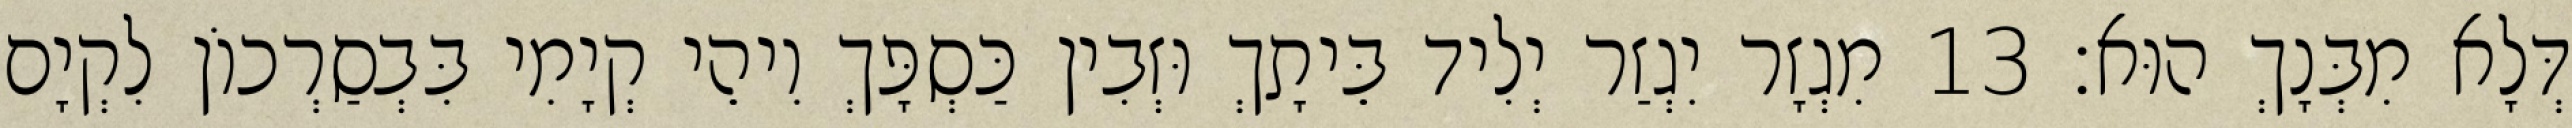
דְּלָא מִבְּנָךְ הוּא׃ 13 מִגְזָר יִגְזַר יְלִיד בֵּיתָךְ וּזְבִין כַּסְפָּךְ וִיהֵי קְיָמִי בִּבְסַרְכוֹן לִקְיָם